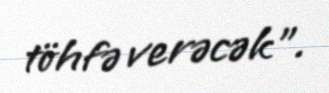
töhfə verəcək”.